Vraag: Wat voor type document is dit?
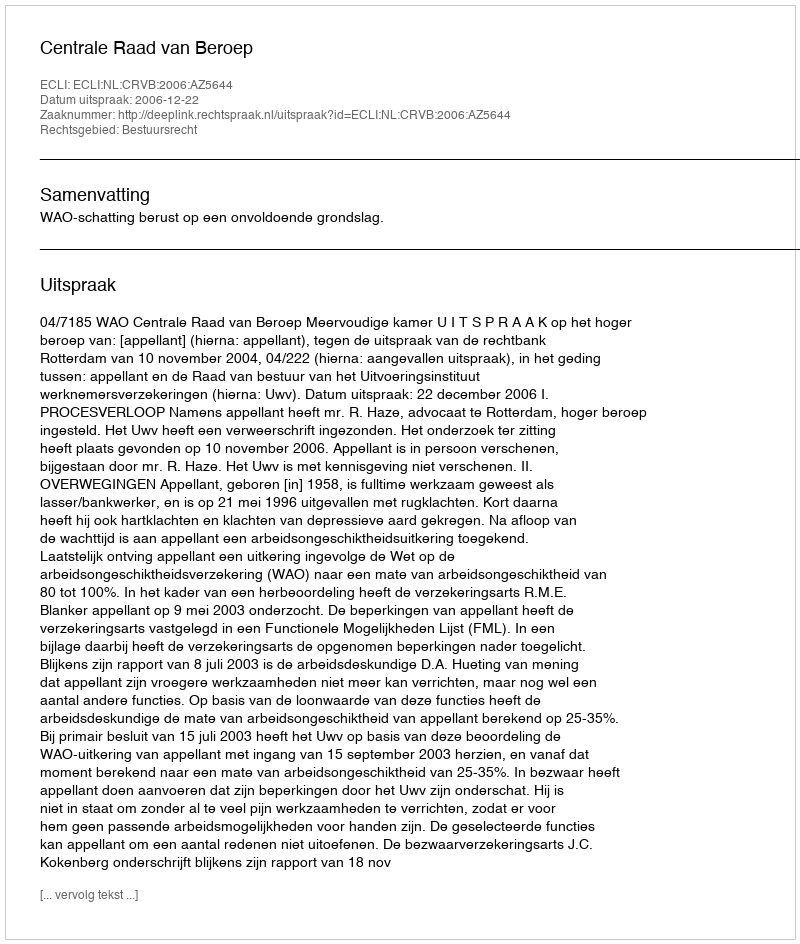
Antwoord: Uitspraak